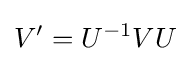
V'=U^{-1}VU